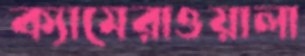
ক্যামেরাওয়ালা